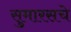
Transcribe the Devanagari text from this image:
सुमारसचे